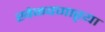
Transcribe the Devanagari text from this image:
खेळवणाऱ्या